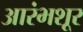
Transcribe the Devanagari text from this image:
आरंभशूर